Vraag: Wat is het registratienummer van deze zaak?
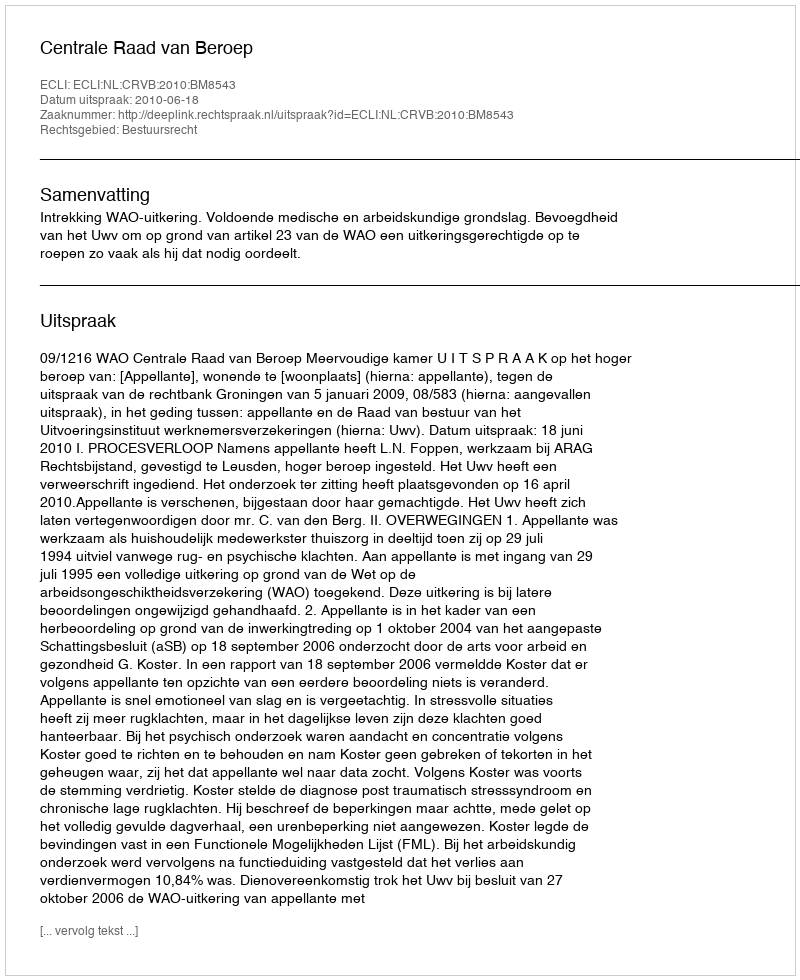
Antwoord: http://deeplink.rechtspraak.nl/uitspraak?id=ECLI:NL:CRVB:2010:BM8543